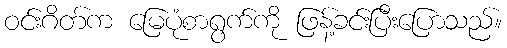
ဝင်းဂိတ်က မြေပုံစာရွက်ကို ဖြန့်ခင်းပြီးပြောသည်။